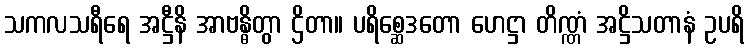
သကလသရီရေ အဋ္ဌီနိ အာဗန္ဓိတွာ ဌိတာ။ ပရိစ္ဆေဒတော ဟေဋ္ဌာ တိဏ္ဏံ အဋ္ဌိသတာနံ ဥပရိ